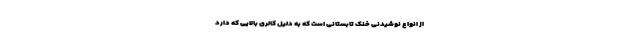
از انواع نوشیدنی خنک تابستانی است که به دلیل کالری بالایی که دارد